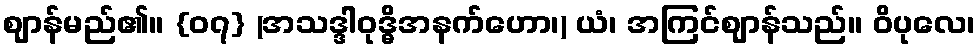
ဈာန်မည်၏။ {၀၇} (အသဒ္ဒါဝုဒ္ဓိအနက်ဟော၊) ယံ၊ အကြင်ဈာန်သည်။ ဝိပုလေ၊